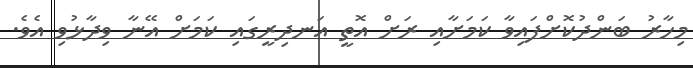
މިހާރު ބަންދުކޮށްފައިވާ ކަމަށާއި ރަށް އޮތީ އަނދިރީގައި ކަމަށް އޭނާ ވިދާޅުވި އެވެ.